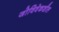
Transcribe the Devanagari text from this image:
जोविवेकशील